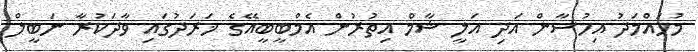
މުހައްމަދު އިހުސާން އަދި އަލީ ޝާމް އިތުރުން އެމްބީބީއޭގެ ޚަރަދުގައި ވާދަކުރާ ނަބީލް